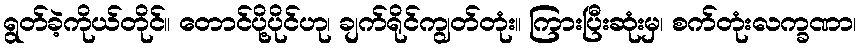
ရွတ်ခဲ့ကိုယ်တိုင်။ တောင်ပို့ပိုင်ဟု၊ ချက်ရိုင်ကျွတ်တုံး။ ကြားပြီးဆုံးမှ၊ စက်တုံးလက္ခဏာ၊